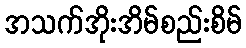
အသက်အိုးအိမ်စည်းစိမ်